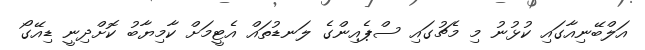
އަލްބޭނިއާގައި ކުޅުނު މި މެޗުގައި ސްޕެއިންގެ ލަނޑުތައް އެޓީމަށް ކާމިޔާބު ކޮށްދިނީ ޑިއޭގޯ